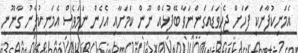
އެމަނިކުފާނަކީ ފަހަށް ޖެހިވަޑައިގަންނަވާ ބޭފުޅެއް ނޫން ކަމަށާއި އެހެން ނަމަވެސް އެމަނިކުފާނު ގާނޫނީ